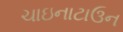
ચાઇનાટાઉન